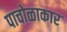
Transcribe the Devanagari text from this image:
पाचोळाकार